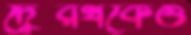
দ্বৈরথকেও